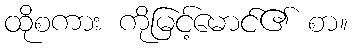
ထိုစကား ကိုမြင့်မောင်၏ စာ။